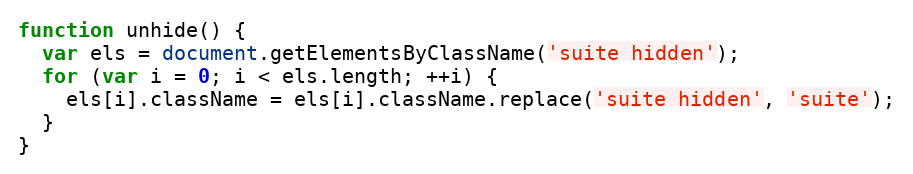
Language: JavaScript
function unhide() {
  var els = document.getElementsByClassName('suite hidden');
  for (var i = 0; i < els.length; ++i) {
    els[i].className = els[i].className.replace('suite hidden', 'suite');
  }
}